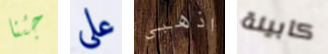
جئنا على اذهبى كابينة